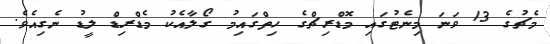
މެޗުގެ 13 ވަނަ މިނެޓުގައި މޮޑްރިޗްގެ ހިތްގައިމު ގޯލާއެކު މެޑްރިޑް ލީޑު ނެގިއެވެ.